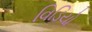
વિડિયો